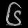
Digit: ၆